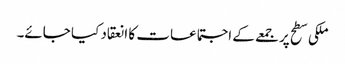
ملکی سطح پر جمعے کے اجتماعات کا انعقاد کیا جائے۔